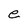
Character: e